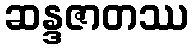
ဆန္ဒဇာတဿ